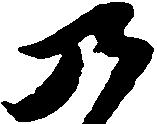
九